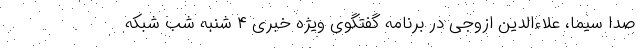
صدا سیما، علاءالدین ازوجی در برنامه گفتگوی ویژه خبری ۴ شنبه شب شبکه